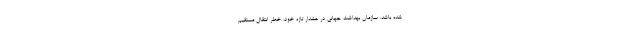
شده باشد. سازمان بهداشت جهانی در هشدار تازه خود، خطر انتقال مستقیم